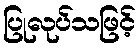
ပြုလုပ်သဖြင့်